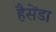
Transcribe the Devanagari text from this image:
हैसेंडा